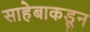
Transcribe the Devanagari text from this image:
साहेबाकडून